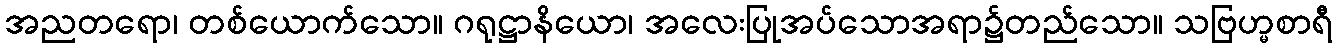
အညတရော၊ တစ်ယောက်သော။ ဂရုဋ္ဌာနိယော၊ အလေးပြုအပ်သောအရာ၌တည်သော။ သဗြဟ္မစာရီ